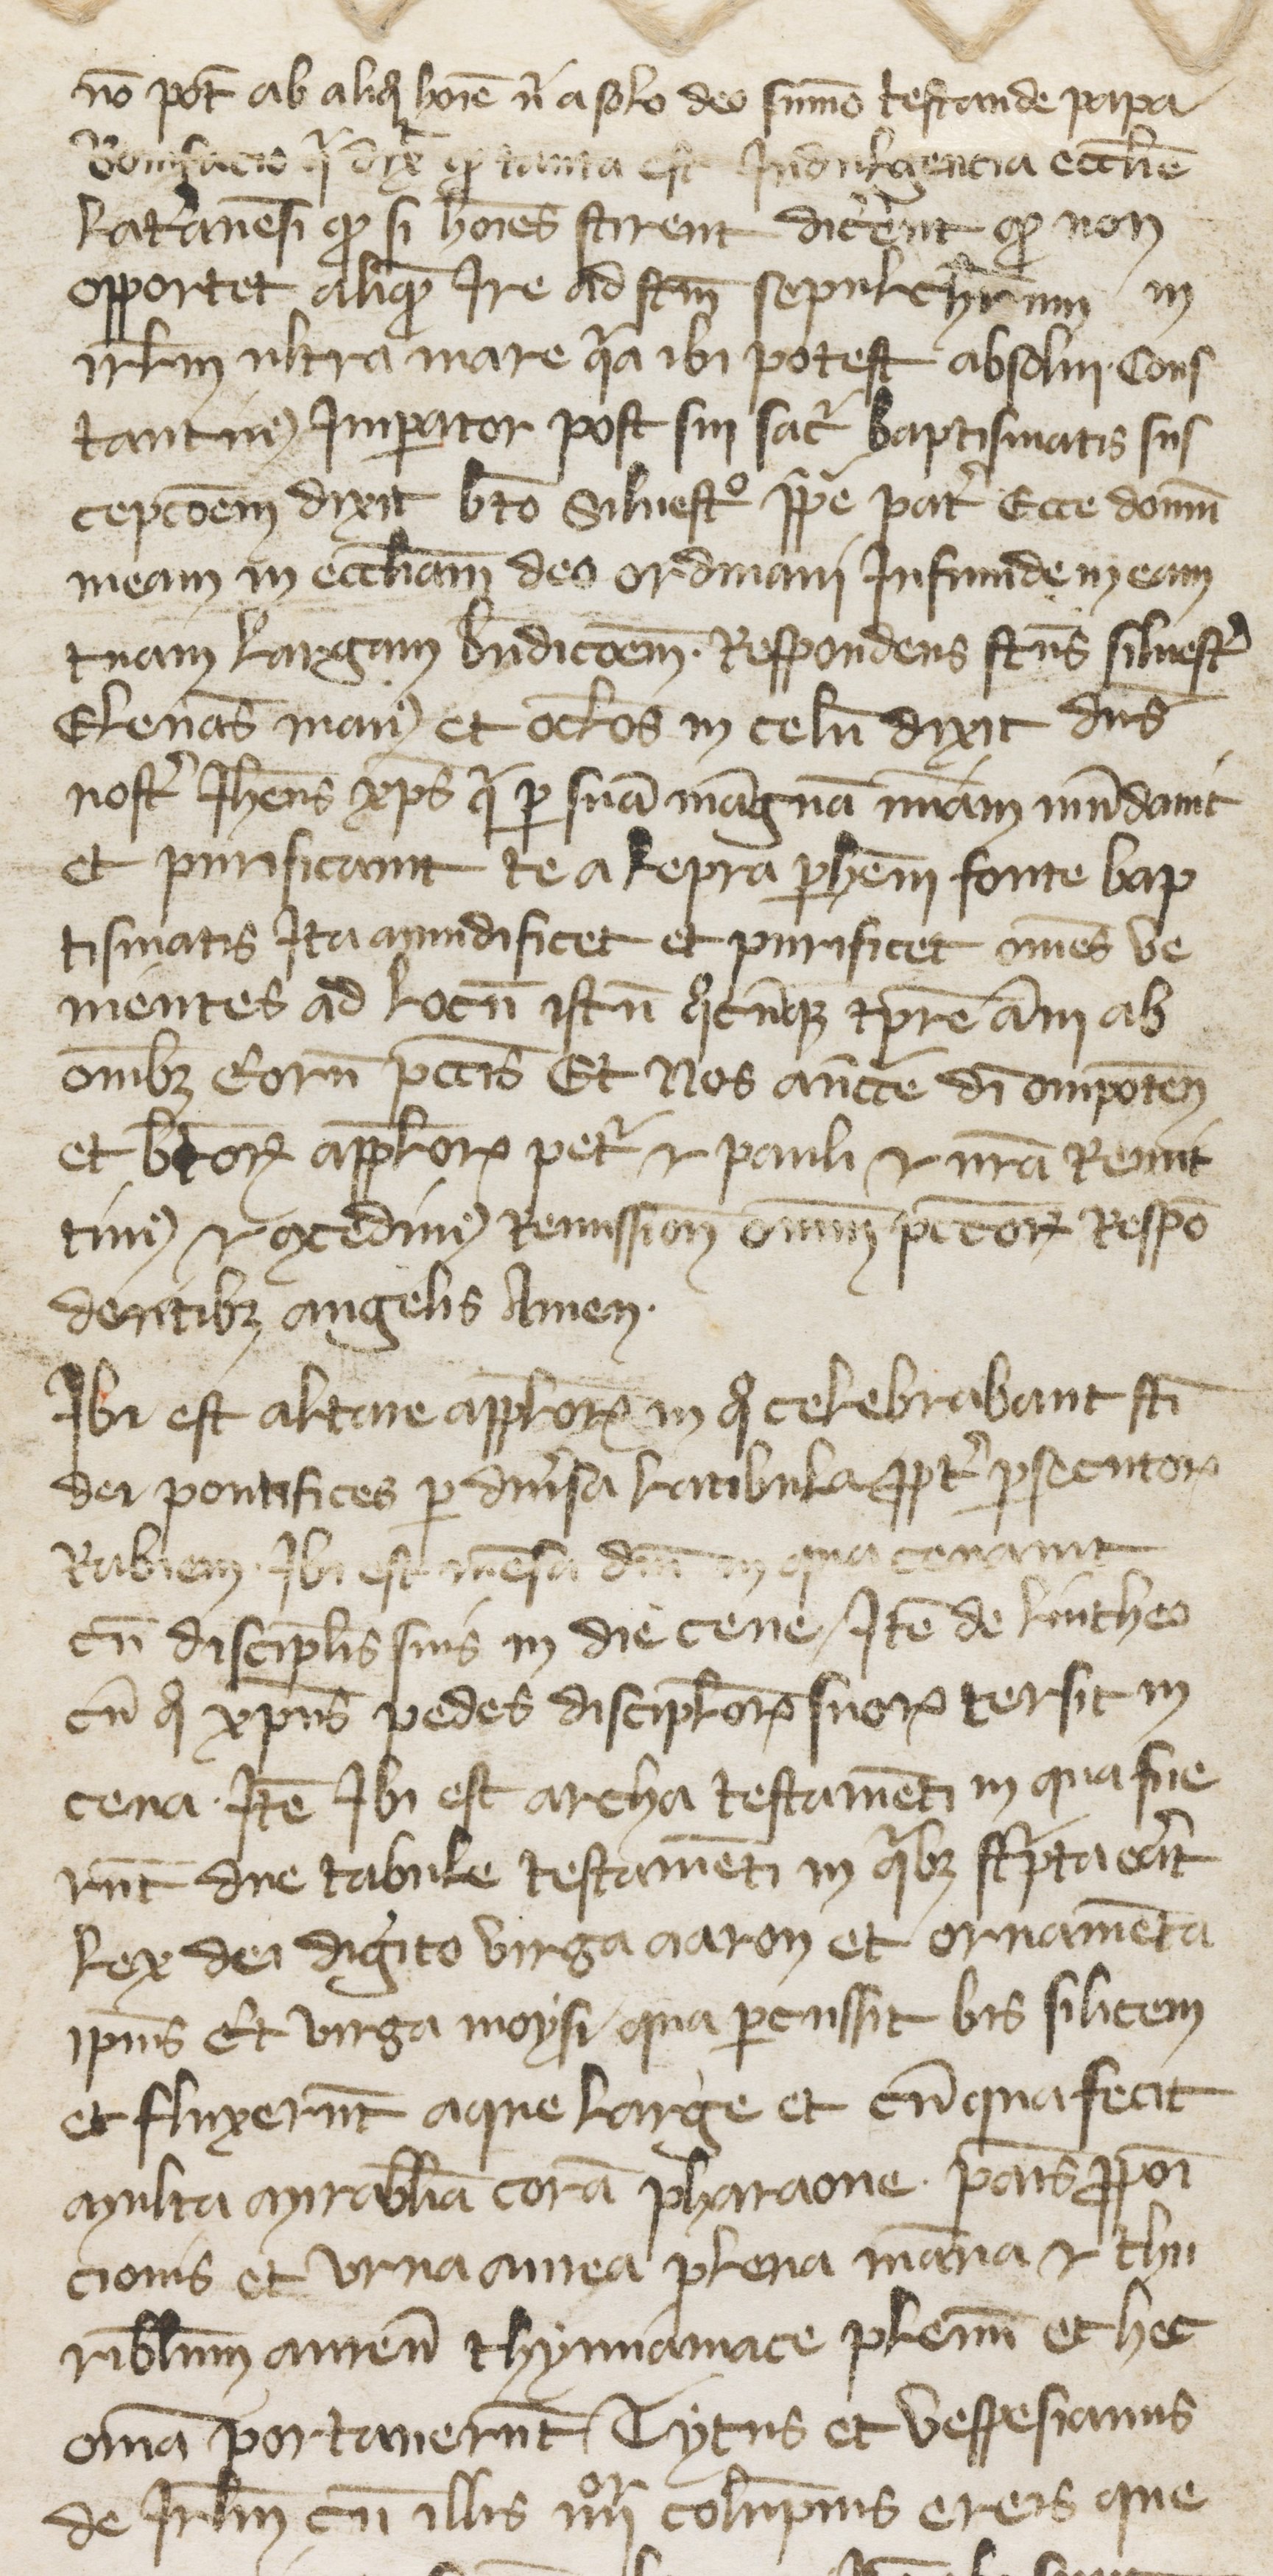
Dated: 1380–1399